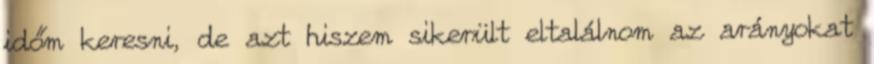
időm keresni, de azt hiszem sikerült eltalálnom az arányokat